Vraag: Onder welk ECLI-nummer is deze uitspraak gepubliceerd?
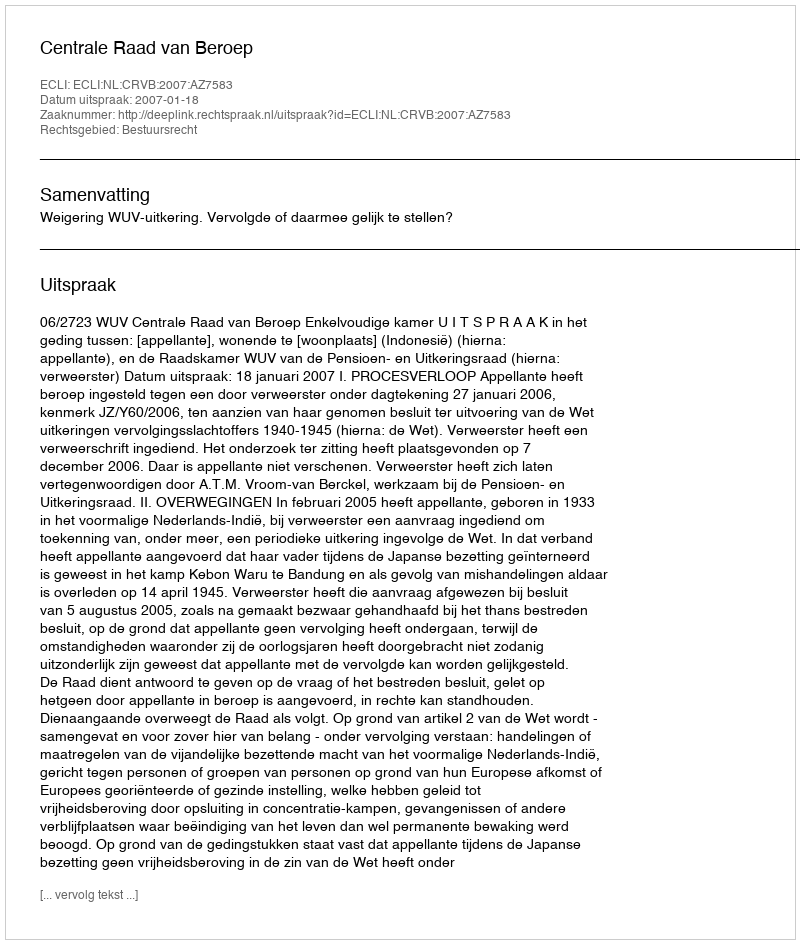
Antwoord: ECLI:NL:CRVB:2007:AZ7583